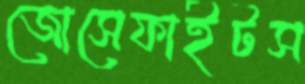
জোসেফাইটস